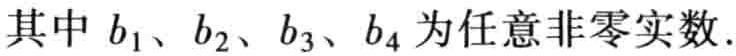
其中 \(b_1、b_2、b_3、b_4\) 为任意非零实数.